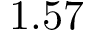
1 . 5 7